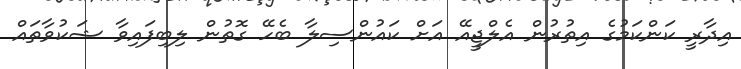
އިދާރީ ކަންކަމުގެ އިތުރުން އެލްޖީއޭ އަށް ކައުންސިލާ ބެހޭ ގޮތުން ލިބިފައިވާ ޝަކުވާތައް